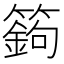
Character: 𥴴